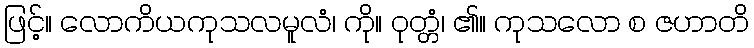
ဖြင့်။ လောကိယကုသလမူလံ၊ ကို။ ဝုတ္တံ၊ ၏။ ကုသလော စ ဇဟာတိ